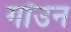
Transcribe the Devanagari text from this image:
गॉउन